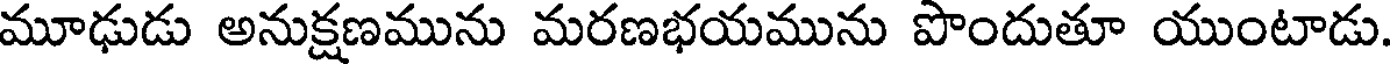
మూఢుడు అనుక్షణమును మరణభయమును పొందుతూ యుంటాడు